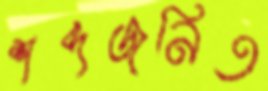
শব্দজনিত